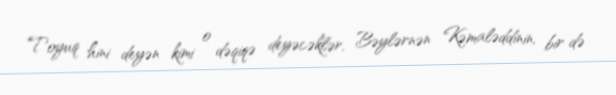
Toyuq hini deyən kimi o dəqiqə deyəcəklər, Bəylərnən Kəmaləddinin, bir də